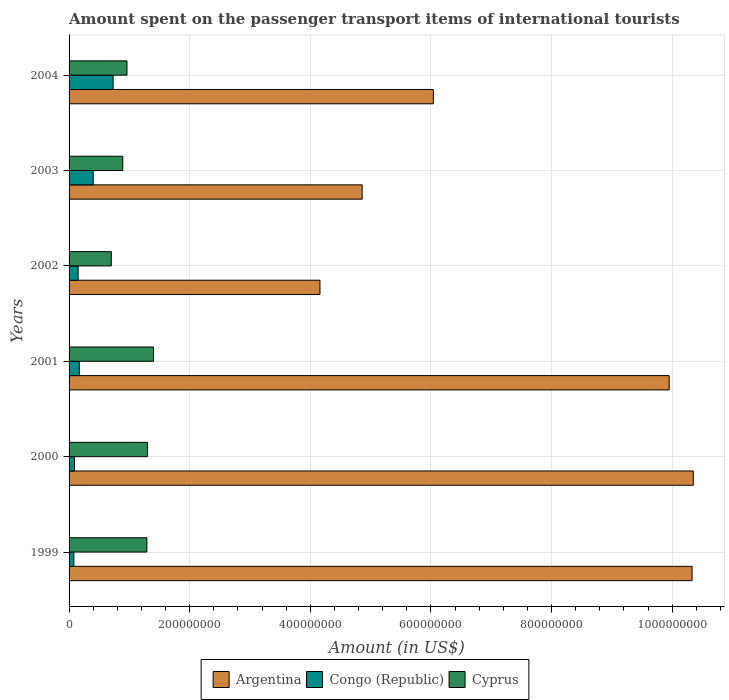
| Years | Argentina | Congo (Republic) | Cyprus |
 | --- | --- | --- | --- |
 | 1999 | 1.03e+09 | 8e+06 | 1.29e+08 |
 | 2000 | 1.04e+09 | 9e+06 | 1.3e+08 |
 | 2001 | 9.95e+08 | 1.7e+07 | 1.4e+08 |
 | 2002 | 4.16e+08 | 1.5e+07 | 7e+07 |
 | 2003 | 4.86e+08 | 4e+07 | 8.9e+07 |
 | 2004 | 6.04e+08 | 7.3e+07 | 9.6e+07 |